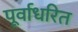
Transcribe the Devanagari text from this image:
पूर्वाधरित